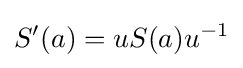
S'(a)=uS(a)u^{-1}